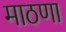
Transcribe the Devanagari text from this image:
माठणा